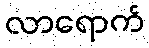
လာရောက်